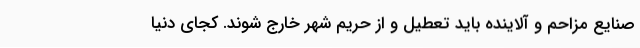
صنایع مزاحم و آلاینده باید تعطیل و از حریم شهر خارج شوند. کجای دنیا